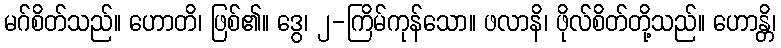
မဂ်စိတ်သည်။ ဟောတိ၊ ဖြစ်၏။ ဒွေ၊ ၂-ကြိမ်ကုန်သော။ ဖလာနိ၊ ဖိုလ်စိတ်တို့သည်။ ဟောန္တိ၊